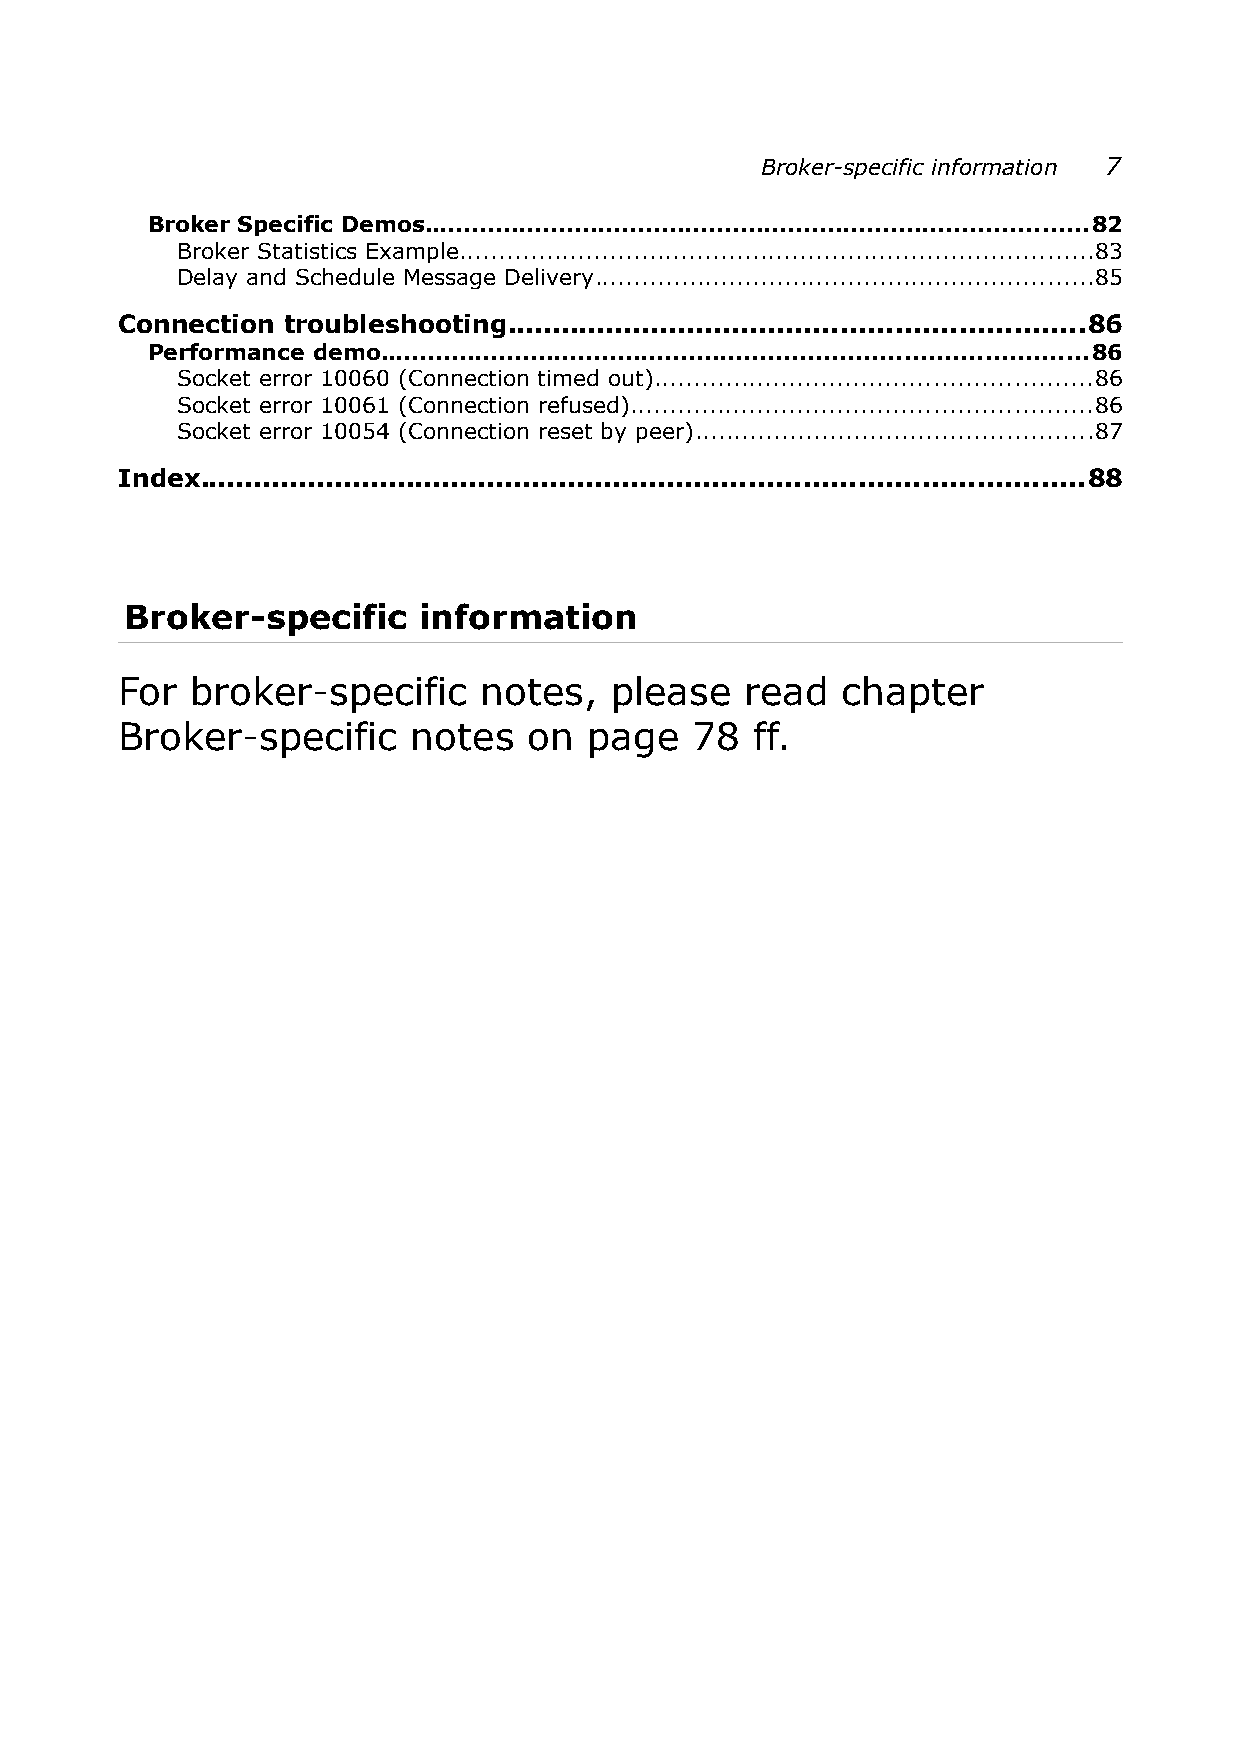
Broker-specific information 7
 Broker Specific Demos....................................................................................82
 Broker Statistics Example................................................................................83
 Delay and Schedule Message Delivery...............................................................85
 Connection troubleshooting................................................................86
 Performance demo.........................................................................................86
 Socket error 10060 (Connection timed out).......................................................86
 Socket error 10061 (Connection refused)..........................................................86
 Socket error 10054 (Connection reset by peer)..................................................87
 Index..................................................................................................88
 Broker-specific     information
 For  broker-specific    notes,  please   read   chapter
 Broker-specific    notes   on  page   78  ff.